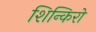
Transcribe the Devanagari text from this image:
शिन्किरो